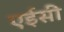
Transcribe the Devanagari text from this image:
एईसी